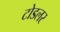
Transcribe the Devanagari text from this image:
टोडलर